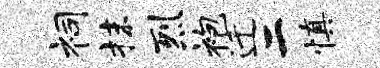
祠抹烈袍迁二慎